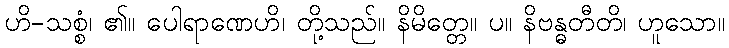
ဟိ-သစ္စံ၊ ၏။ ပေါရာဏေဟိ၊ တို့သည်။ နိမိတ္တေ။ ပ။ နိဗန္ဓတီတိ၊ ဟူသော။